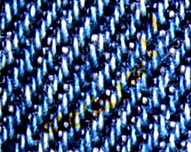
باستطاعته